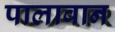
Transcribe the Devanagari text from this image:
पालावान